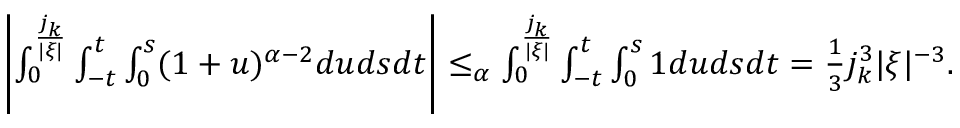
\begin{array} { r } { \left| \int _ { 0 } ^ { \frac { j _ { k } } { | \xi | } } \int _ { - t } ^ { t } \int _ { 0 } ^ { s } ( 1 + u ) ^ { \alpha - 2 } d u d s d t \right| \le _ { \alpha } \int _ { 0 } ^ { \frac { j _ { k } } { | \xi | } } \int _ { - t } ^ { t } \int _ { 0 } ^ { s } 1 d u d s d t = \frac { 1 } { 3 } j _ { k } ^ { 3 } | \xi | ^ { - 3 } . } \end{array}